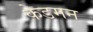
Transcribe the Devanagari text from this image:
केडमन